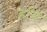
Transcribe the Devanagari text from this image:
हयि